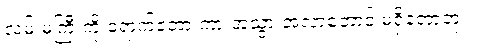
လမ်းမကြီးကို ရောက်တော့ ကားအသွားအလာတောင် မရှိတော့ဘူး။